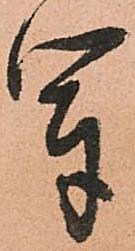
軍